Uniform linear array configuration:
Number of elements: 24
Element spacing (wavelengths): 1
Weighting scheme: hamming
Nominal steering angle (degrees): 15
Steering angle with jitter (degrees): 16.071
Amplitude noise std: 0.05
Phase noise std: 0.05

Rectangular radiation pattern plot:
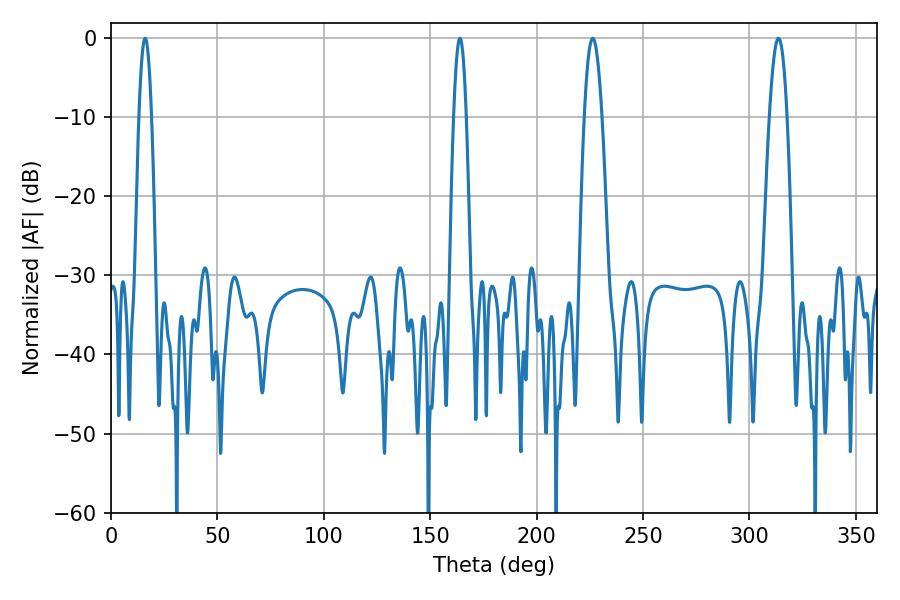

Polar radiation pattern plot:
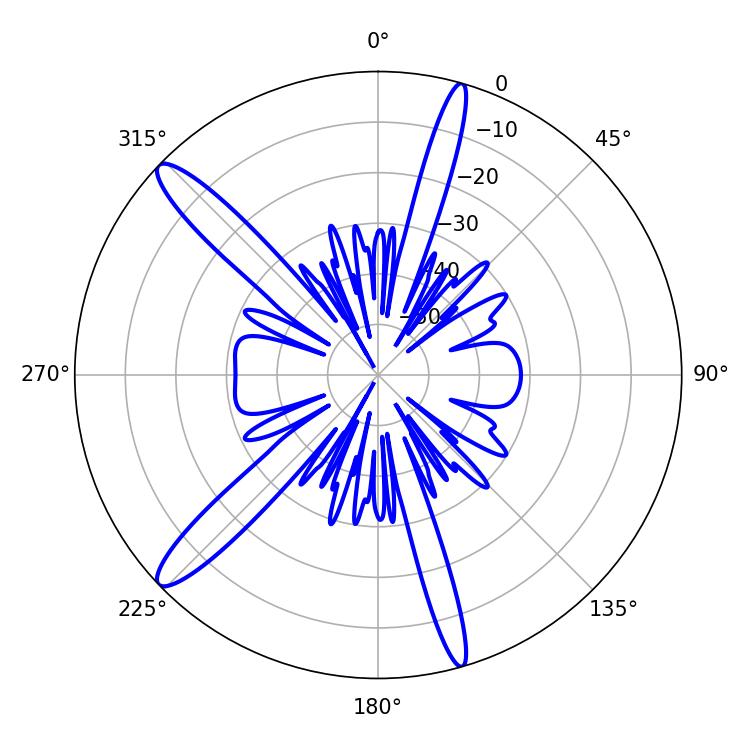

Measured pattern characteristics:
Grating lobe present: TRUE
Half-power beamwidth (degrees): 3.24
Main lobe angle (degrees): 16.02